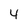
Character: 4